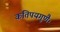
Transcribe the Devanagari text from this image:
कतिपयगुणैः